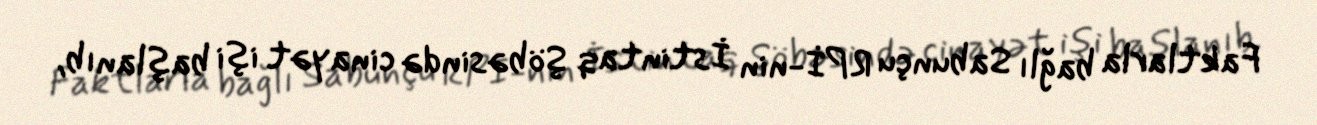
Faktlarla bağlı Sabunçu RPİ-nin İstintaq Şöbəsində cinayət işi başlanıb,